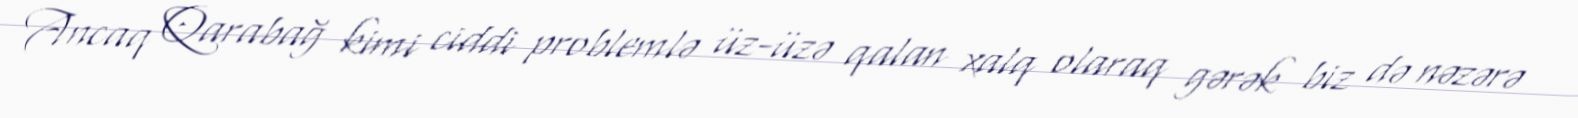
Ancaq Qarabağ kimi ciddi problemlə üz-üzə qalan xalq olaraq gərək biz də nəzərə